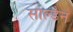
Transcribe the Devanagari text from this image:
साल्डेन